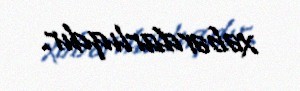
xəbərdarlıqdır.